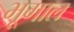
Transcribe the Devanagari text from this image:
भूगाल